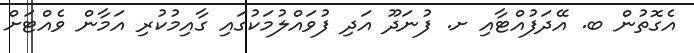
އެގޮތުން ބ. އޭދަފުއްޓާއި ށ. ފުނަދޫ އަދި ފުވައްލުމަކުގައި ގާއިމުކުރި އަމާން ވެއްޓަށް